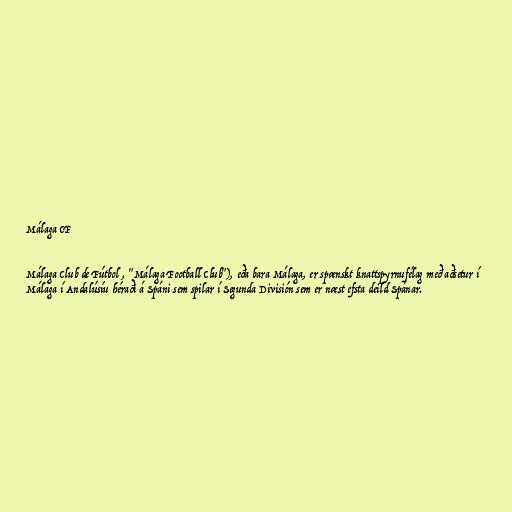
Málaga CF

Málaga Club de Fútbol , "Málaga Football Club"), eða bara Málaga, er spænskt knattspyrnufélag með aðsetur í
Málaga í Andalúsíu héraði á Spáni sem spilar í Segunda División sem er næst efsta deild Spánar.